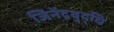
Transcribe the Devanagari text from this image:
जिनेंद्रवुद्धि